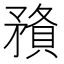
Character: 𥎉